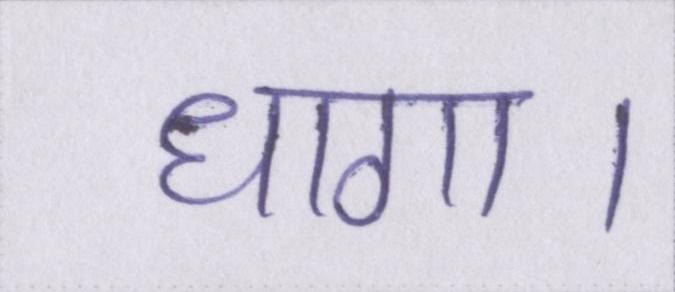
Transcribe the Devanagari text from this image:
धागा।